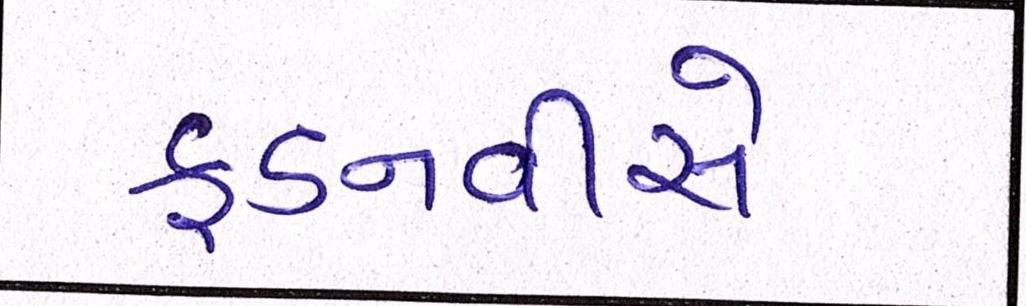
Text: ફડનવીસે